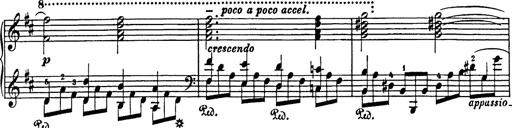
Title: Impromptu
Composer: JosÃ© MarÃ­a Usandizaga
Key: A major